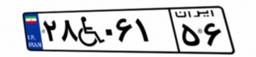
۲۸W۰۶۱۵۶